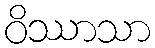
ဝိဿာသာ